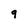
Character: 9